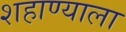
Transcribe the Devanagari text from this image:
शहाण्याला